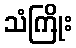
သံကြိုး